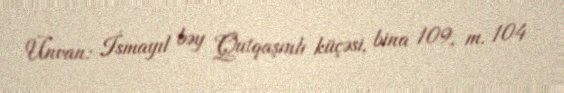
Ünvan: İsmayıl bəy Qutqaşınlı küçəsi, bina 109, m. 104